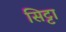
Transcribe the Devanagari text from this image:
सिट्टा